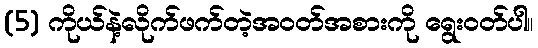
(5) ကိုယ်နဲ့လိုက်ဖက်တဲ့အဝတ်အစားကို ရွေးဝတ်ပါ။